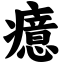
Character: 癔